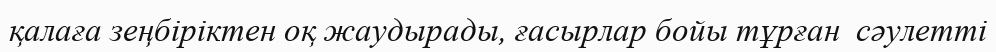
қалаға зеңбіріктен оқ жаудырады, ғасырлар бойы тұрған  сәулетті